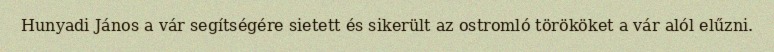
Hunyadi János a vár segítségére sietett és sikerült az ostromló törököket a vár alól elűzni.